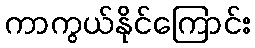
ကာကွယ်နိုင်ကြောင်း